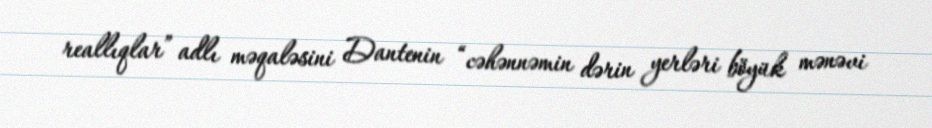
reallıqlar” adlı məqaləsini Dantenin “cəhənnəmin dərin yerləri böyük mənəvi